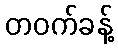
တဝက်ခန့်